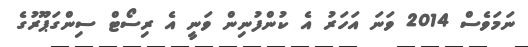
ނަމަވެސް 2014 ވަނަ އަހަރު އެ ކުންފުނިން ވަނީ އެ ރިސޯޓް ސިންގަޕޫރުގެ